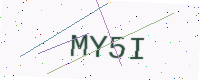
Text: MY5I